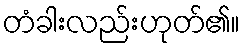
တံခါးလည်းဟုတ်၏။